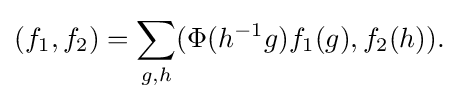
\displaystyle {(f_{1},f_{2})=\sum _{g,h}(\Phi (h^{-1}g)f_{1}(g),f_{2}(h)).}